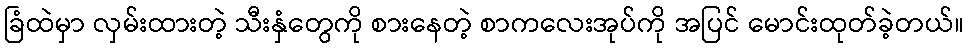
ခြံထဲမှာ လှမ်းထားတဲ့ သီးနှံတွေကို စားနေတဲ့ စာကလေးအုပ်ကို အပြင် မောင်းထုတ်ခဲ့တယ်။